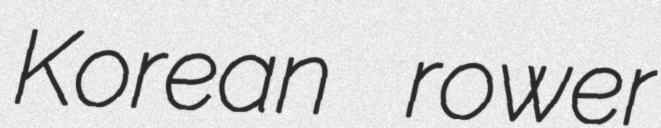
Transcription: Korean rower